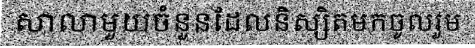
សាលាមួយចំនួនដែលនិស្សិតមកចូលរួម